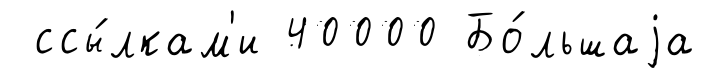
ссы́лкам'и 40000 Бо́льшаjа